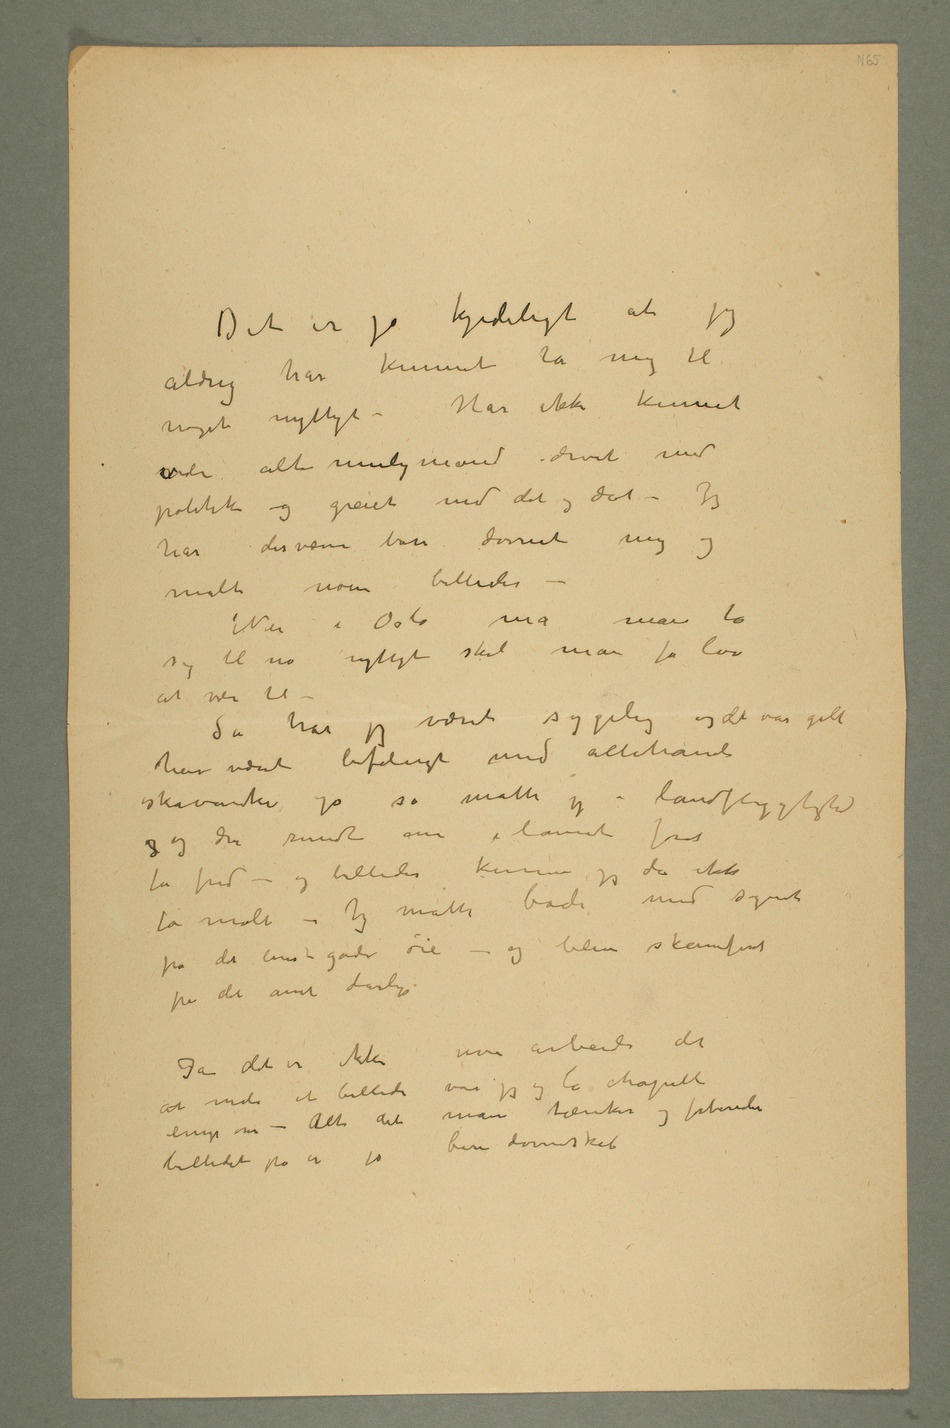
Det er jo kjedeligt at jeg
aldrig har kunnet ta mig til
– Har ikke kunnet
være alt muligmand – drevet med
politik og greiet med dit og dat – Jeg
har desværre bare dovnet mig og
malt noen billeder
– Nei i Oslo må man ta
sig til no viktigt skal man få lov
at være til
– Så har jeg været sygelig og det var galt
har været befængt med allehånde
skavanker og så måtte jeg i landflygtighed
og og dra rundt om i lannet forat
få fred – og billeder kunne jeg da ikke
få malt – Jeg malte både med synet
på det venstre gode øie – og blev skamfert
på det annet dårlige Ja
noe arbeide det at
male et billede var jeg og la chapell enige
– Alt det man tænker og forbereder
billedet på er jo bare